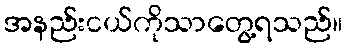
အနည်းငယ်ကိုသာတွေ့ရသည်။